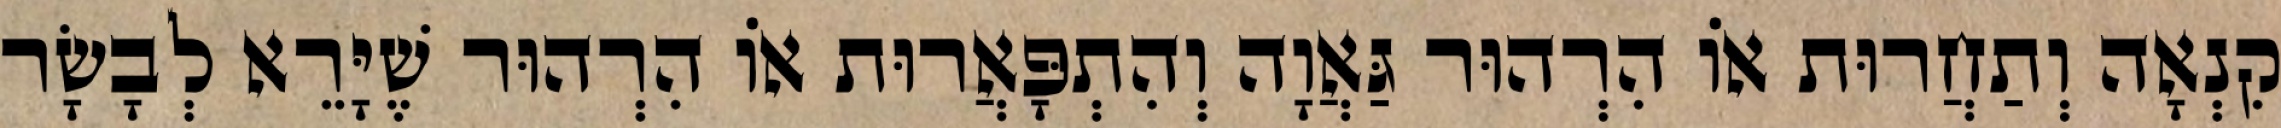
קִנְאָה וְתַחֲרוּת אוֹ הִרְהוּר גַּאֲוָה וְהִתְפָּאֲרוּת אוֹ הִרְהוּר שֶׁיָּרֵא לְבָשָׂר